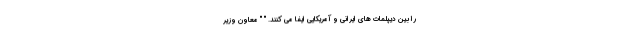
را بین دیپلمات های ایرانی و آمریکایی ایفا می کنند. " " معاون وزیر